Leaving Certificate Examination, 1924
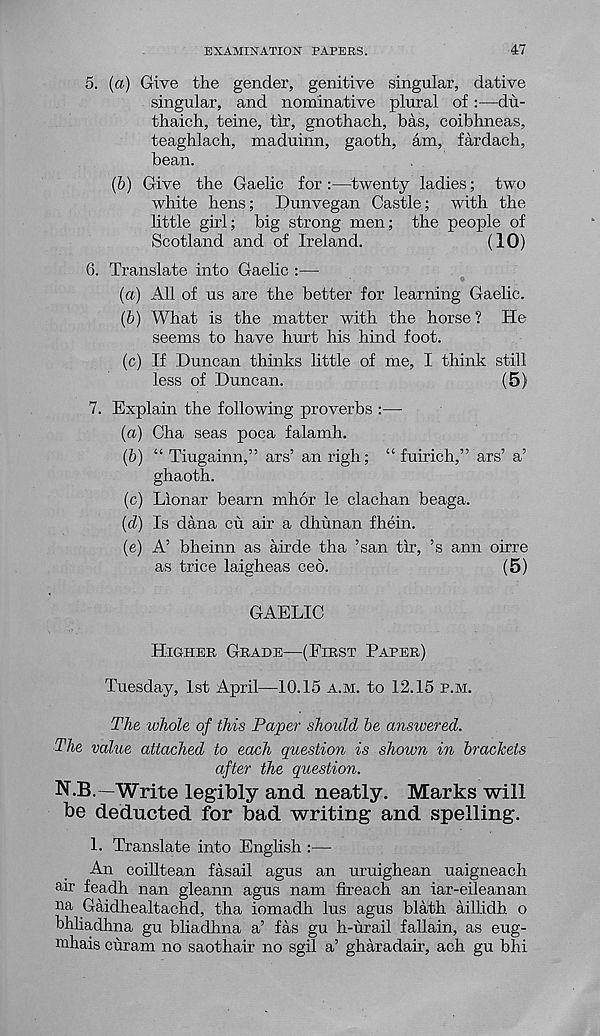
EXAMINATION PAPERS.
47
5. (a) Give the gender, genitive singular, dative
singular, and nominative plural of:—du-
thaich, teine, tir, gnothach, has, coibhneas,
teaghlach, maduinn, gaoth, am, fardach,
bean.
(5) Give the Gaelic for :—twenty ladies; two
white hens; Dunvegan Castle; with the
little girl; big strong men; the people of
Scotland and of Ireland.
(10)
6. Translate into Gaelic :—
(а) All of us are the better for learning Gaelic.
(б) What is the matter with the horse ? He
seems to have hurt his hind foot.
(c) If Duncan thinks little of me, I think still
less of Duncan.
(5)
7. Explain the following proverbs :—
(a) Cha seas poca falamh.
(b) “ Tiugainn,” ars’ an righ; “ fuirich,” ars’ a’
ghaoth.
(c) Lionar beam mhor le clachan beaga.
(d) Is dana cu air a dhunan fhein.
(e) A’ bheinn as airde tha ’san tlr, ’s ann oirre
as trice laigheas ceo.
(5)
GAELIC
Higher Grade—(First Paper)
Tuesday, 1st April—10.15 a.m. to 12.15 p.m.
The whole of this Paper should be answered.
The value attached to each question is shown in brackets
after the question.
N.B. Write legibly and neatly. Marks will
be deducted for bad writing and spelling.
1. Translate into English :—
An coilltean fasail agus an uruighean uaigneach
ah feadh nan gleann agus nam fireach an iar-eileanan
na Gaidhealtachd, tha iomadh lus agus blath aillidh o
bhliadhna gu bliadhna a’ fas gu h-urail fallain, as eug-
mhais curam no saothair no sgil a’ gharadair, ach gu bhi